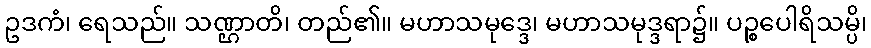
ဥဒကံ၊ ရေသည်။ သဏ္ဌာတိ၊ တည်၏။ မဟာသမုဒ္ဒေ၊ မဟာသမုဒ္ဒရာ၌။ ပဉ္စပေါရိသမ္ပိ၊